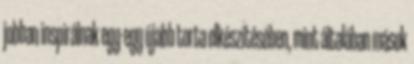
jobban inspirálnak egy-egy újabb torta elkészítésében, mint általában mások